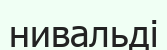
нивальді